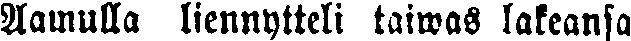
Aamulla liennytteli taiwas lakeansa